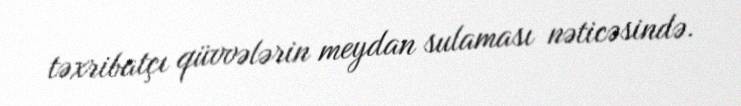
təxribatçı qüvvələrin meydan sulaması nəticəsində.